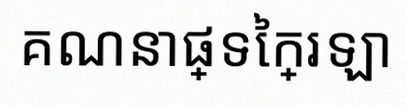
គណនាផ្ទៃក្រឡា